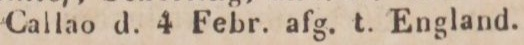
Callao d. 4 Febr. afg. t. England.